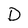
Character: D